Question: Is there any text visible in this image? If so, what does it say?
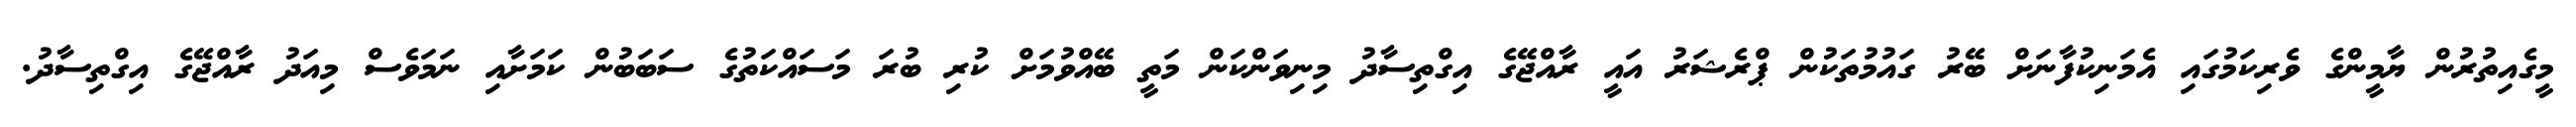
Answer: މީގެއިތުރުން ޔާމީންގެ ވެރިކަމުގައި އެމަނިކުފާނަށް ބޭރު ގައުމުތަކުން ޕްރެޝަރު އައީ ރާއްޖޭގެ އިގްތިސާދު މިނިވަންކަން މަތީ ބޭއްވުމަށް ކުރި ބުރަ މަސައްކަތުގެ ސަބަބުން ކަމަށާއި ނަމަވެސް މިއަދު ރާއްޖޭގެ އިގްތިސާދު.